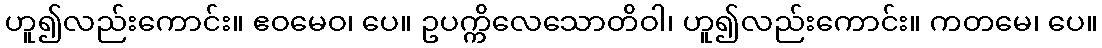
ဟူ၍လည်းကောင်း။ ဧဝမေဝ၊ ပေ။ ဥပက္ကိလေသောတိဝါ၊ ဟူ၍လည်းကောင်း။ ကတမေ၊ ပေ။